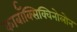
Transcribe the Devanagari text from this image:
कार्बॉक्सिक्विनोलोन